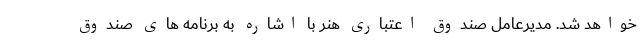
خواهد شد. مدیرعامل صندوق اعتباری هنر با اشاره به برنامه های صندوق